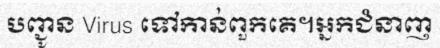
បញ្ជូន Virus ទៅកាន់ពួកគេ។អ្នកជំនាញ